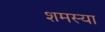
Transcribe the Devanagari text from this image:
शमस्या